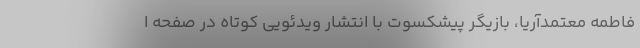
فاطمه معتمدآریا، بازیگر پیشکسوت با انتشار ویدئویی کوتاه در صفحه ا